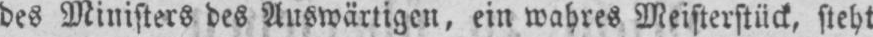
des Ministers des Auswärtigen, ein wahres Meisterstück, steht